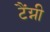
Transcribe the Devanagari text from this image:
टैंग्नी